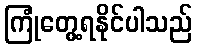
ကြုံတွေ့ရနိုင်ပါသည်